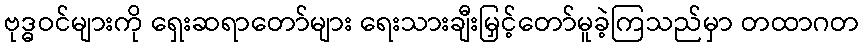
ဗုဒ္ဓဝင်များကို ရှေးဆရာတော်များ ရေးသားချီးမြှင့်တော်မူခဲ့ကြသည်မှာ တထာဂတ